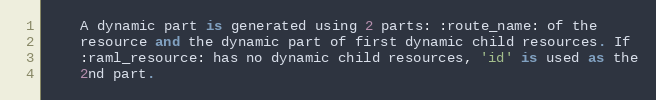
Language: Python
    A dynamic part is generated using 2 parts: :route_name: of the
    resource and the dynamic part of first dynamic child resources. If
    :raml_resource: has no dynamic child resources, 'id' is used as the
    2nd part.